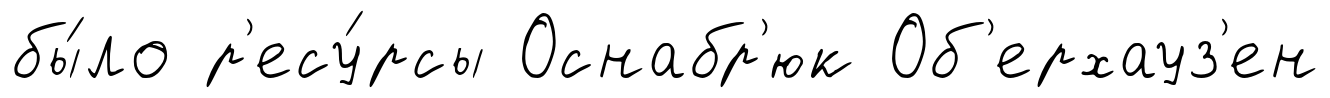
бы́ло р'есу́рсы Оснабр'юк Об'ерхауз'ен